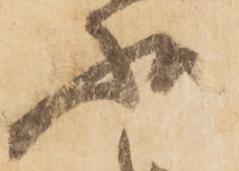
状